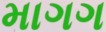
માગગ